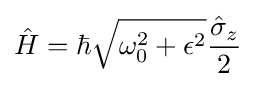
{\hat {H}}=\hbar {\sqrt {\omega _{0}^{2}+\epsilon ^{2}}}{\frac {{\hat {\sigma }}_{z}}{2}}